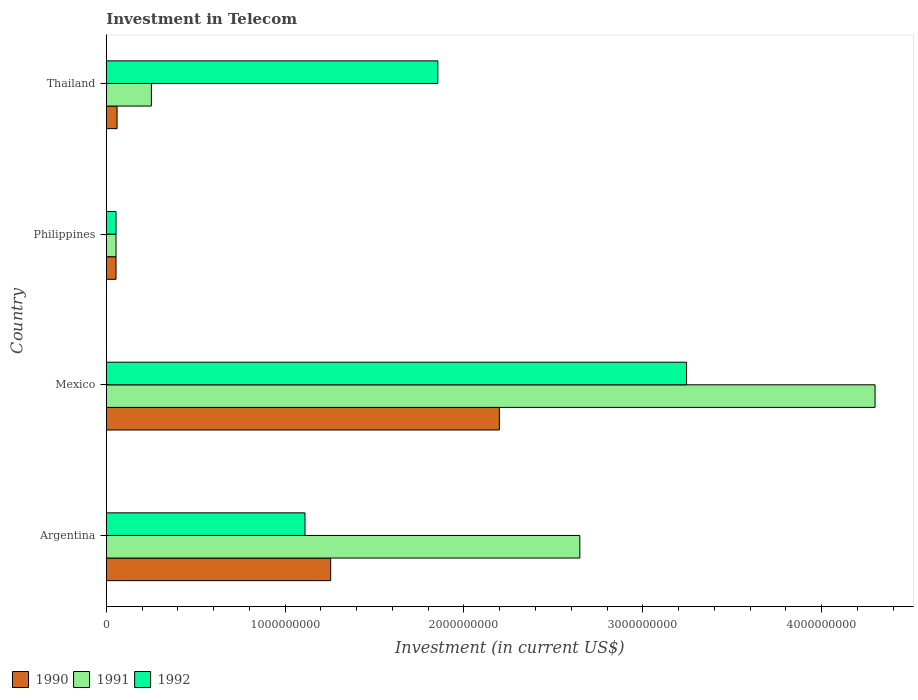
| Country | 1990 | 1991 | 1992 |
 | --- | --- | --- | --- |
 | Argentina | 1.25e+09 | 2.65e+09 | 1.11e+09 |
 | Mexico | 2.2e+09 | 4.3e+09 | 3.24e+09 |
 | Philippines | 5.42e+07 | 5.42e+07 | 5.42e+07 |
 | Thailand | 6e+07 | 2.52e+08 | 1.85e+09 |